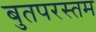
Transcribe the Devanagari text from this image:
बुतपरस्तम